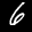
Label: 6